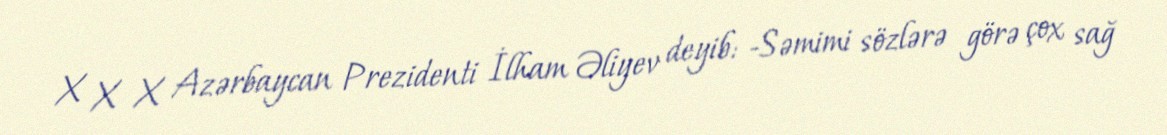
X X X Azərbaycan Prezidenti İlham Əliyev deyib: -Səmimi sözlərə görə çox sağ